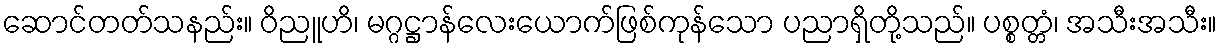
ဆောင်တတ်သနည်း။ ဝိညူဟိ၊ မဂ္ဂဋ္ဌာန်လေးယောက်ဖြစ်ကုန်သော ပညာရှိတို့သည်။ ပစ္စတ္တံ၊ အသီးအသီး။